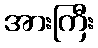
အားကြီး